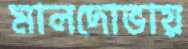
মালদোভায়